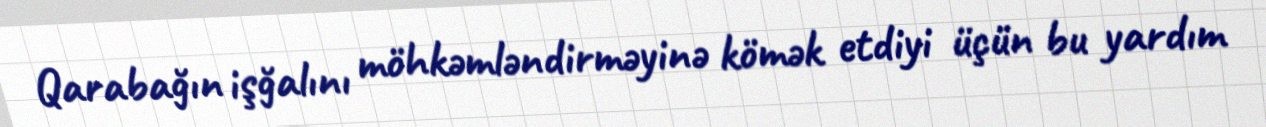
Qarabağın işğalını möhkəmləndirməyinə kömək etdiyi üçün bu yardım